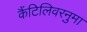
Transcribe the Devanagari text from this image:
कैंटिलिवरनुमा